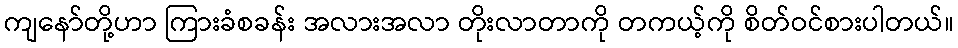
ကျနော်တို့ဟာ ကြားခံစခန်း အလားအလာ တိုးလာတာကို တကယ့်ကို စိတ်ဝင်စားပါတယ်။